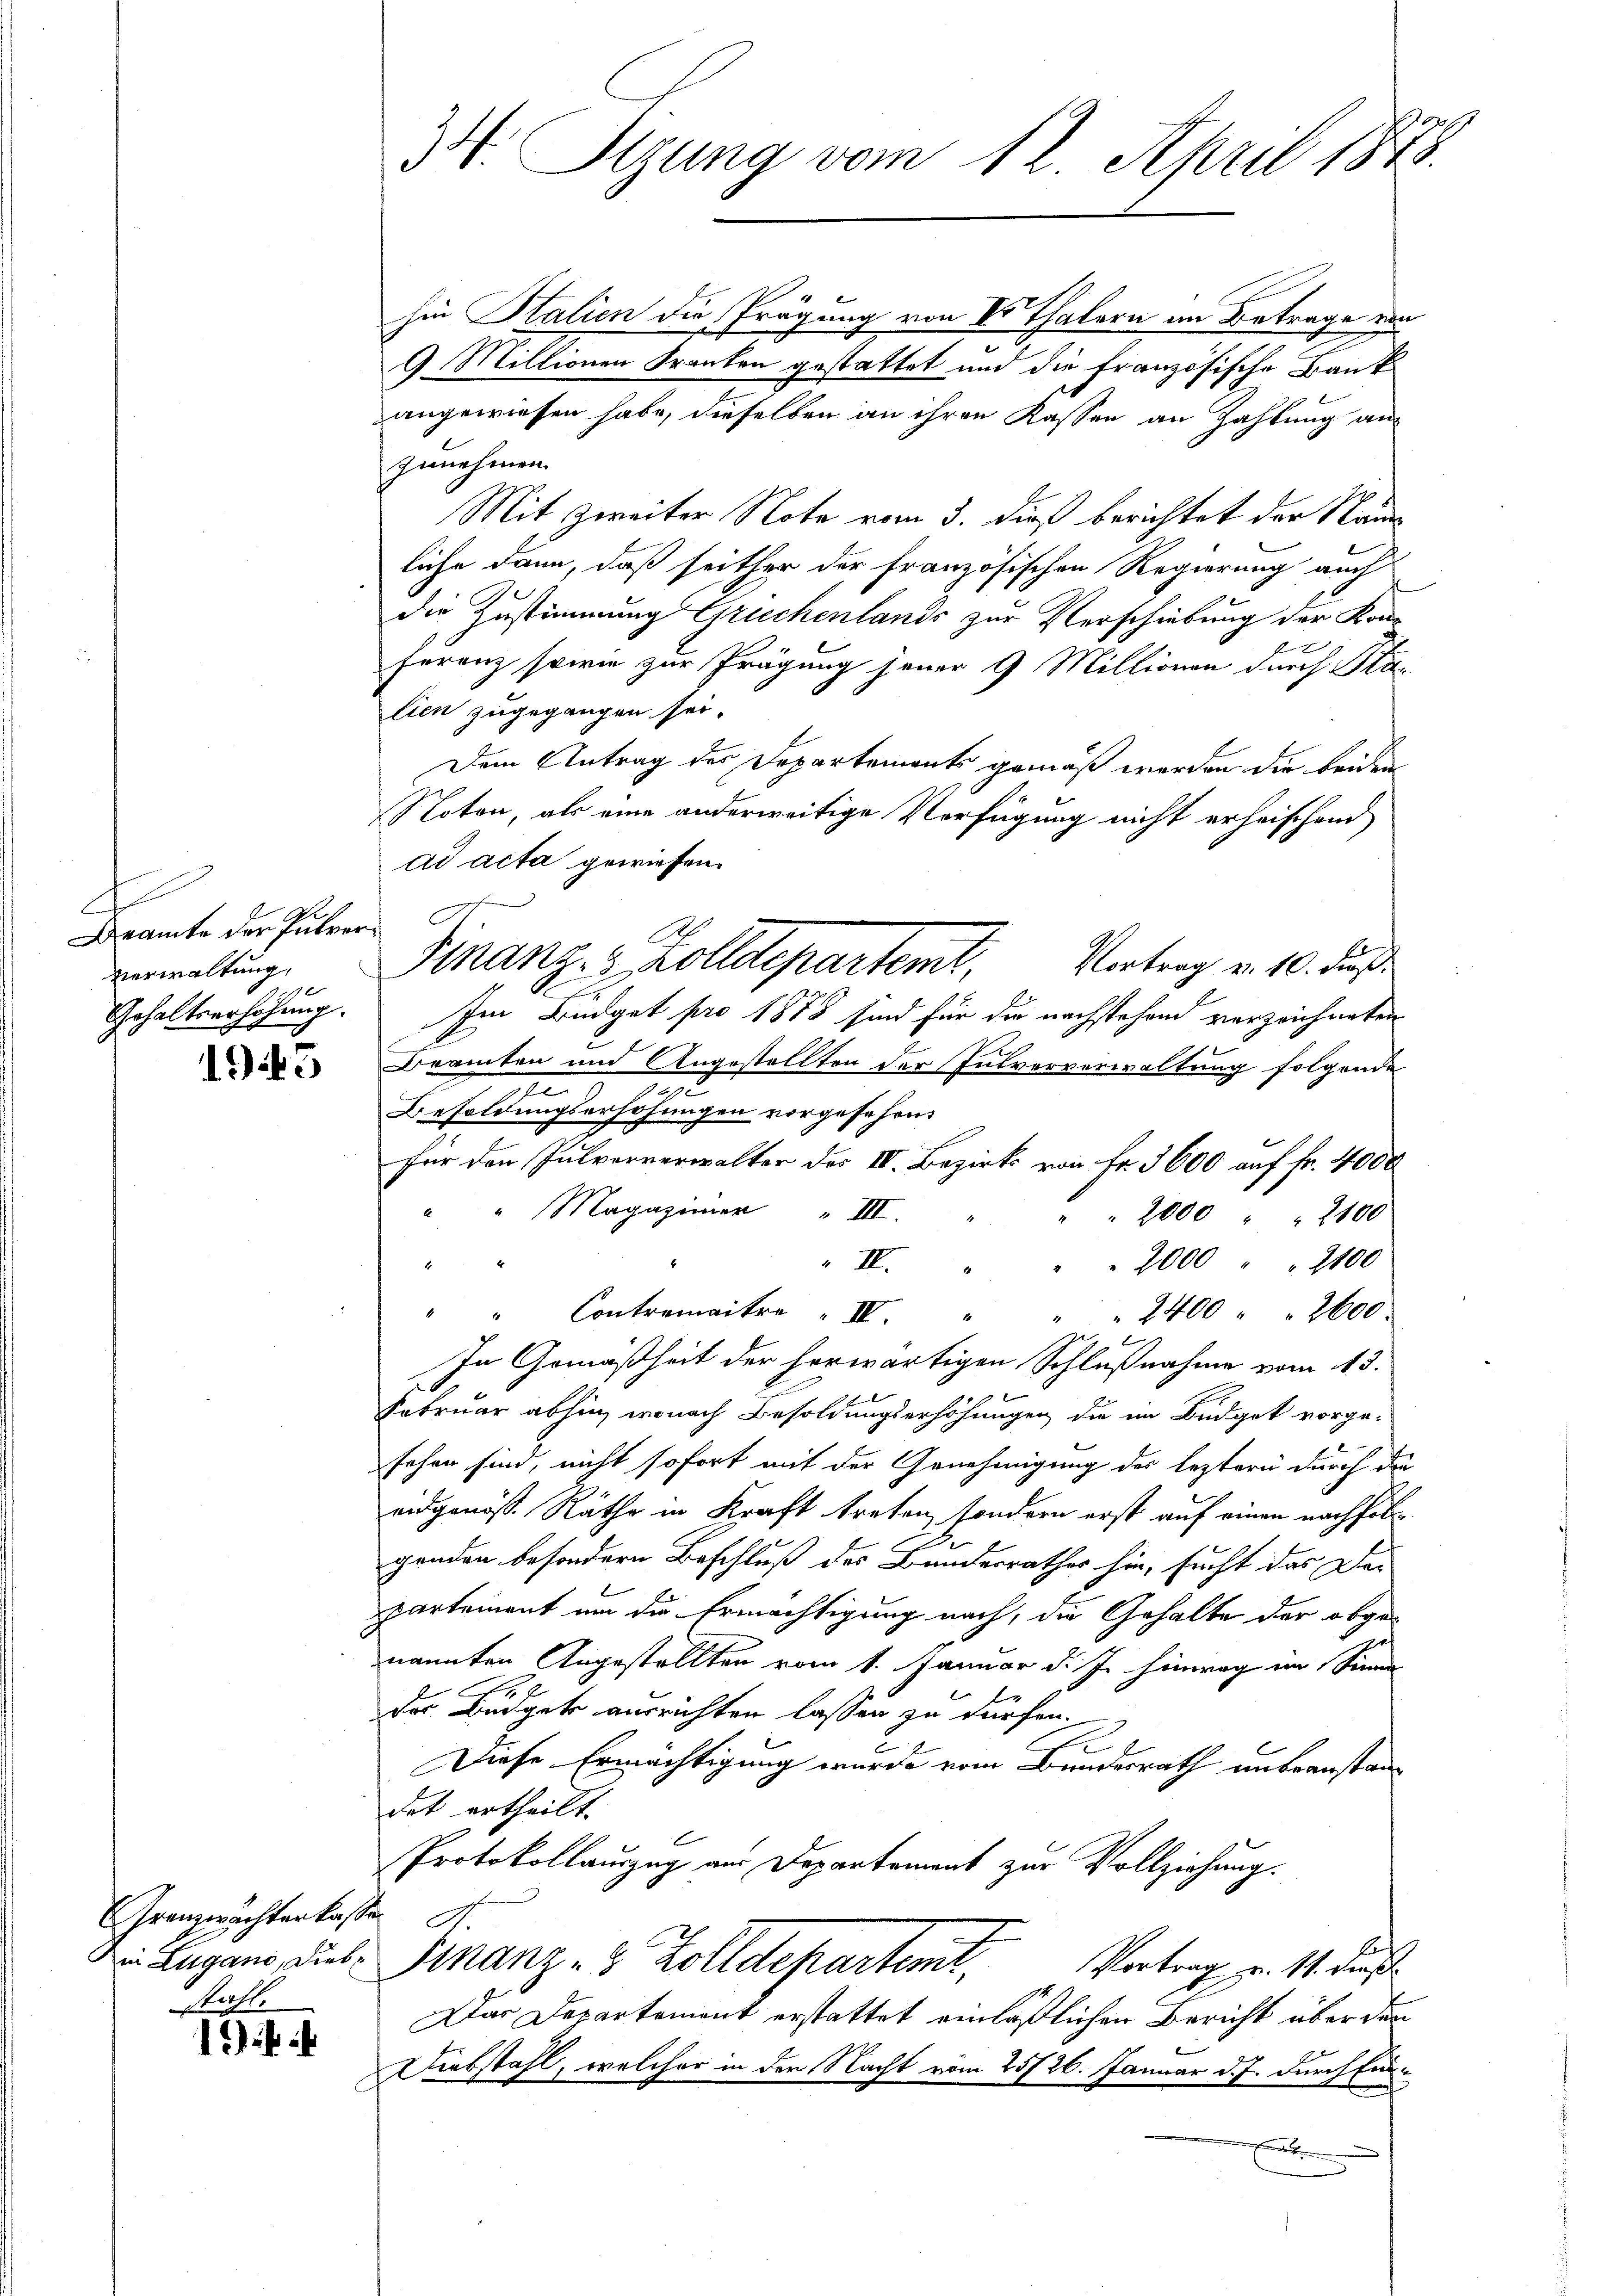
d
Beamte der Pulver¬
Verwaltung,
Gehaltserhöhung.

1945

GGrenzwachter kas
in Lugani, Diebstahl.

19

34. Tigung vom 12. April 1873.

hin Stalien die Prägung von Vor Thalern an Betrage aus
9. Millionen Franken gestattet und die Französische Bank
angewiesen habe, dieselben an ihren Kassen an Zahlung an
zunehmen.
Mit Zweiter Note vom 3. dieß berichtet der Nam
liche dann, daß seither der französischen Regierung auch
die Zustimmung Griechenlands zur Verschiebung der Kon¬

Feranz sowie zur Prägung jener 9 Millionen durch Sta-
lien zugegangen sei.
Dem Antrag des Departements gemäß werden die beiden
Noton, als eine anderweitige Verfügung nicht erheischend
ad acta gewiesen.
Im Büdget pro 1878 sind für die nachstehend verzeichneten
Beamten und Angestellten der Pulververwaltung folgende
e
n
Besoldungserhöhungen vorgesehen,
für den Pulververwalter des IV. Bezirks von Fr. 3600 auf Fr. 4000
" " Magaziner " III.
2000 " 2100
A
" II. . . . 2000 " 2100
.
Contraire IV. " " 2400 " " 2600.
In Gemäßheit der herwärtigen Schlußnahme vom 13.
Februar abhin, wonach Besoldungserhöhungen die im Budget vorgesehen sind, nicht sofort mit der Genehmigung des leztern durch die
eidgenöss. Räthe in Kraft treten, sondern erst auf einen nachfolgenden besondern Beschluß des Bundesrathes hin, sucht das Dei
partement um die Ermächtigung nach, die Gehalte der obgenannten Angestellten vom 1. Januar d. J. hinweg im Sinne
der Budget ausrichten lassen zu dürfen.
Diese Ermächtigung wurde vom Bundesrath unbeanstandet ertheilt.
Protokollauszug aus Departement zur Vollziehung.
A
Finanz- & Zolldepartemt,
Vortrag u. 11. dies
Das Departement erstattet einläßlichen Bericht über den
Diebstahl, welcher in der Nacht vom 25/26. Januar d. J. durch Einf

A
Finanzes Kolldepartemt. Vortrag v. 10. dieß